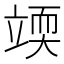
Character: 𰩥